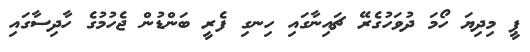
ޕީ މިދިޔަ ހޯމަ ދުވަހުގެރޭ ޗައިނާގައި ހިނގި ފެރީ ބަންޑުން ޖެހުމުގެ ހާދިސާގައި